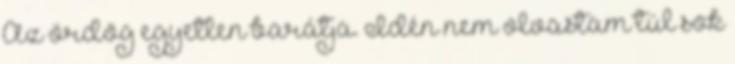
Az ördög egyetlen barátja. Idén nem olvastam túl sok